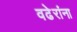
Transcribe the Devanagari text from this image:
वढेरांना